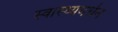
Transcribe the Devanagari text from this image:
स्वास्थ्यवर्धन